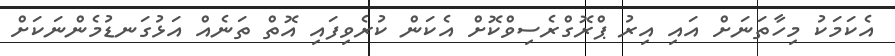
އެކަމަކު މިހާތަނަށް އައި އިރު ޕްރޮގްރެސިވްކޮށް އެކަން ކުރެވިފައި އޮތް ތަނެއް އަޅުގަނޑުމެންނަކަށް